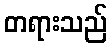
တရားသည်